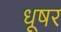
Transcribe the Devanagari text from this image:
धूषर